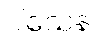
ပါသေန